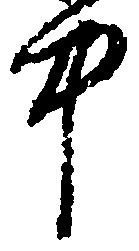
中